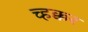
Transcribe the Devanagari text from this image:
च्हक्कर